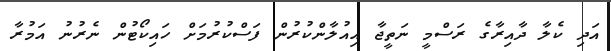
އަދި ކެލާ ދާއިރާގެ ރަސްމީ ނަތީޖާ އިއުލާންކުރުން ފަސްކުރުމަށް ހައިކޯޓުން ނެރުނު އަމުރާ